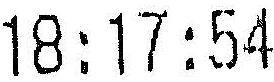
18:17:54